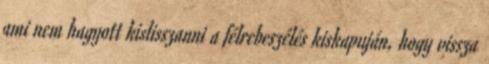
ami nem hagyott kislisszanni a félrebeszélés kiskapuján, hogy vissza